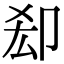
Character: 㕁